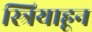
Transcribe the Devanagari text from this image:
स्त्रियाहून